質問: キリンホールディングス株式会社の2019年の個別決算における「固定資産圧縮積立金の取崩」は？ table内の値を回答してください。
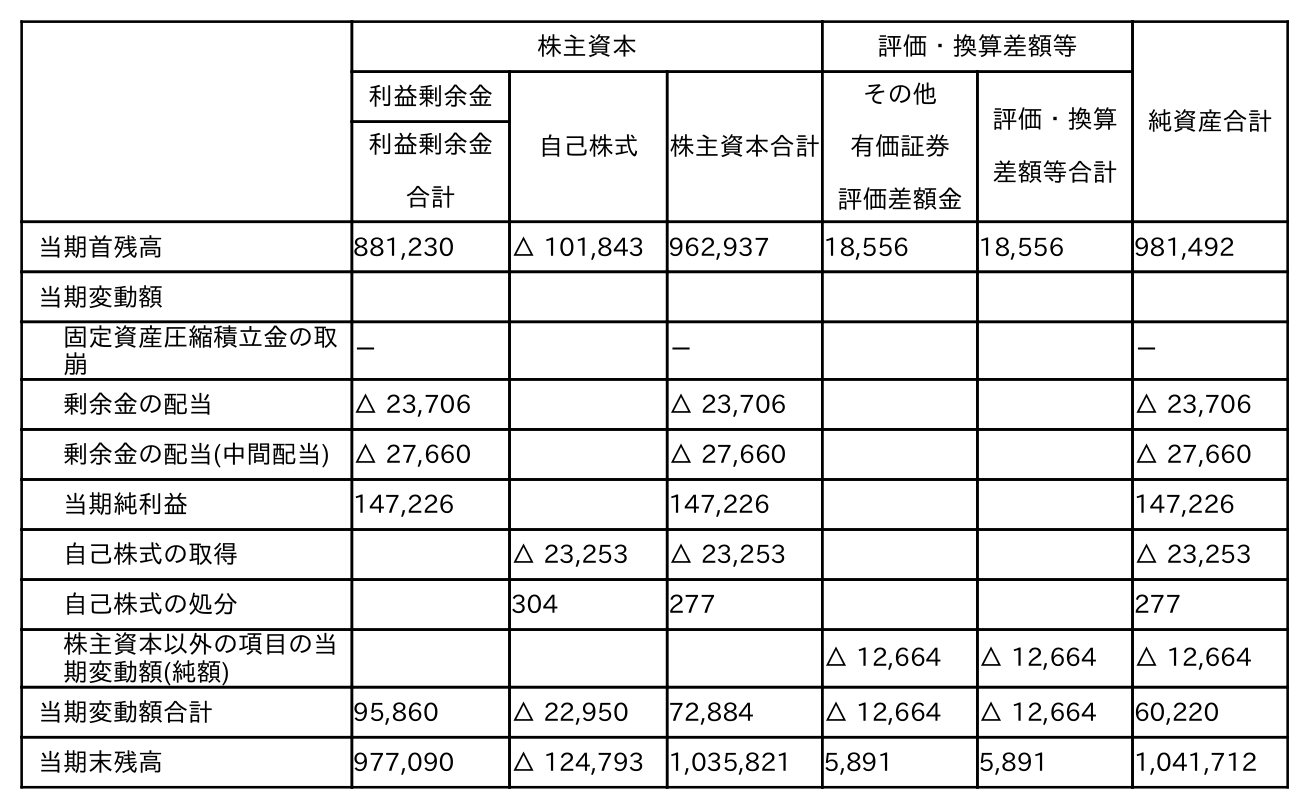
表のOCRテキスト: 株主資本 評価・換算差額等 純資産合計 利益剰余金 自己株式 株主資本合計 その他 有価証券 評価差額金 評価・換算 差額等合計 利益剰余金 合計 当期首残高 881,230 △ 101,843 962,937 18,556 18,556 981,492 当期変動額 固定資産圧縮積立金の取 崩 － － － 剰余金の配当 △ 23,706 △ 23,706 △ 23,706 剰余金の配当(中間配当) △ 27,660 △ 27,660 △ 27,660 当期純利益 147,226 147,226 147,226 自己株式の取得 △ 23,253 △ 23,253 △ 23,253 自己株式の処分 304 277 277 株主資本以外の項目の当 期変動額(純額) △ 12,664 △ 12,664 △ 12,664 当期変動額合計 95,860 △ 22,950 72,884 △ 12,664 △ 12,664 60,220 当期末残高 977,090 △ 124,793 1,035,821 5,891 5,891 1,041,712
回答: －